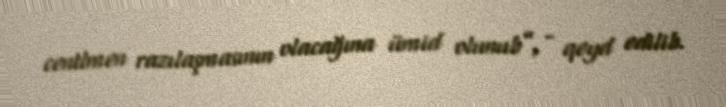
centlmen razılaşmasının olacağına ümid olunub”, - qeyd edilib.